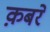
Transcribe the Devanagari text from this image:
क़बरें